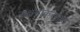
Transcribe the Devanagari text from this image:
सक्षमीकरणाचे